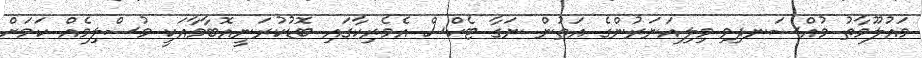
މައުލޫމާތު މުއްސަނދިވި މިލިއަނަރުންގެ އަތުން ނަގާ ޓެކްސް އެމެރިކާގައި ބޮޑުކުރަނީއޮބާމާއަކީ މުސްލިމެއް ކަމަށް